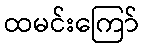
ထမင်းကြော်